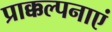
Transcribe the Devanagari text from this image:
प्राक्कल्पनाएं